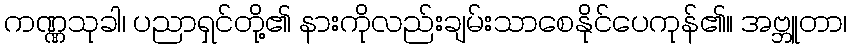
ကဏ္ဏသုခါ၊ ပညာရှင်တို့၏ နားကိုလည်းချမ်းသာစေနိုင်ပေကုန်၏။ အဗ္ဘူတာ၊